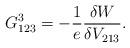
LaTeX: \begin{align*} G^3_{123}=-\frac{1}{e}\frac{\delta W}{\delta V_{213}}.\end{align*}